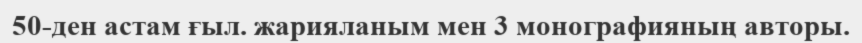
50-ден астам ғыл. жарияланым мен 3 монографияның авторы.